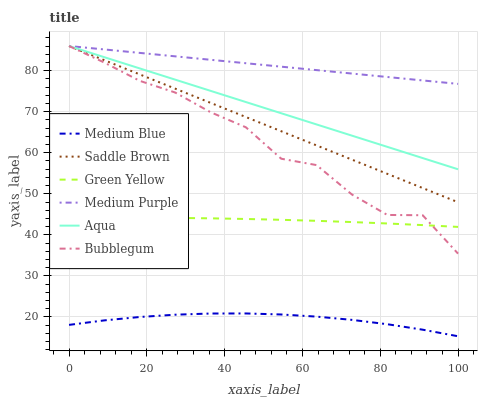
| xaxis_label | Medium Blue | Saddle Brown | Green Yellow | Medium Purple | Aqua | Bubblegum |
 | --- | --- | --- | --- | --- | --- | --- |
 | 0 | 18.1 | 86 | 44.2 | 86 | 86 | 86 |
 | 9.09 | 19.2 | 82.5 | 44.2 | 85.2 | 83.3 | 82 |
 | 18.2 | 20 | 79.1 | 44.2 | 84.3 | 80.5 | 77.5 |
 | 27.3 | 20.5 | 75.6 | 44.1 | 83.5 | 77.8 | 74.7 |
 | 36.4 | 20.8 | 72.2 | 44 | 82.6 | 75.1 | 69.9 |
 | 45.5 | 20.9 | 68.7 | 43.9 | 81.8 | 72.4 | 66.2 |
 | 54.5 | 20.6 | 65.2 | 43.7 | 81 | 69.6 | 58.5 |
 | 63.6 | 20.1 | 61.8 | 43.4 | 80.1 | 66.9 | 57 |
 | 72.7 | 19.3 | 58.3 | 43.1 | 79.3 | 64.2 | 49.8 |
 | 81.8 | 18.2 | 54.9 | 42.8 | 78.5 | 61.4 | 44.8 |
 | 90.9 | 16.9 | 51.4 | 42.4 | 77.6 | 58.7 | 44.8 |
 | 100 | 15.3 | 47.9 | 41.9 | 76.8 | 56 | 35.4 |